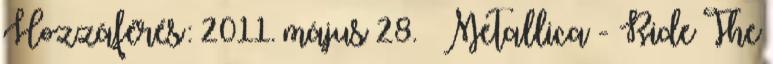
Hozzáférés: 2011. május 28. ↑ Metallica - Ride The